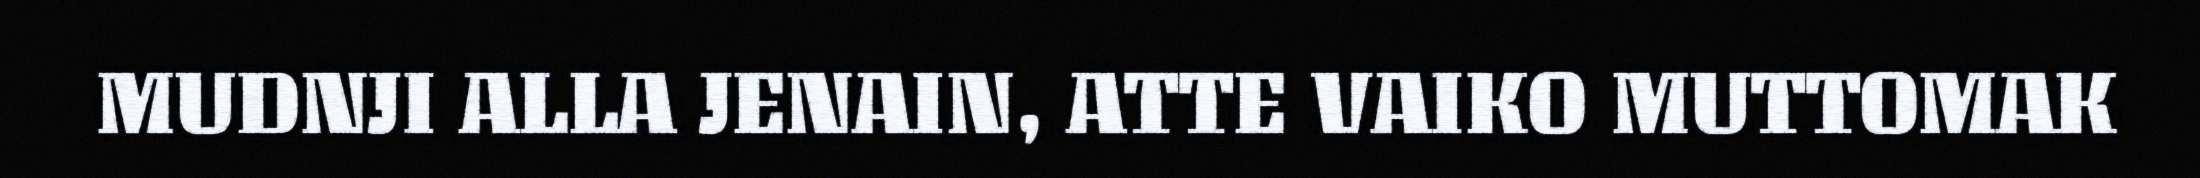
MUDNJI ALLA JENAIN, ATTE VAIKO MUTTOMAK